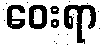
ဝေးရာ